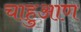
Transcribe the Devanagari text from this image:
चाहुआण